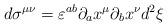
LaTeX: \begin{align*}d\sigma^{\mu\nu}=\varepsilon^{ab}\partial_{a}x^{\mu}\partial_{b}x^{\nu}d^{2}\xi\end{align*}